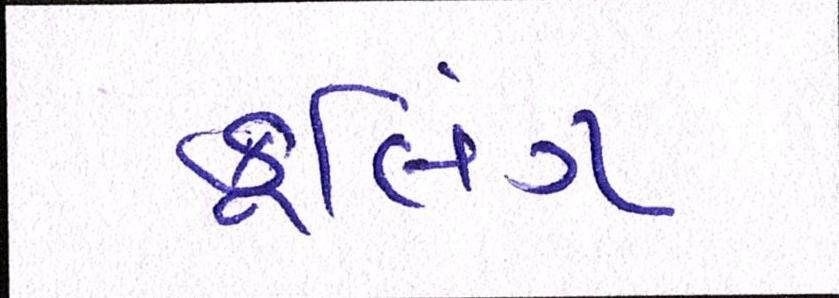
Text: કૂલિંગ